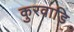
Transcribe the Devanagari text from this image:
कुरवाडि